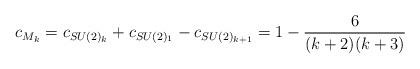
LaTeX: \begin{align*}c_{M_{k}} = c_{SU(2)_k}+c_{SU(2)_1}-c_{SU(2)_{k+1}} = 1 -\frac{6}{(k+2)(k+3)}\end{align*}